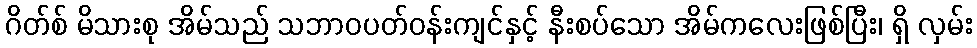
ဂိတ်စ် မိသားစု အိမ်သည် သဘာဝပတ်ဝန်းကျင်နှင့် နီးစပ်သော အိမ်ကလေးဖြစ်ပြီး၊ ရှိ လှမ်း